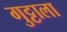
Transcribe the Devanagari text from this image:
गुट्टाला